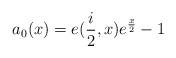
LaTeX: \begin{align*}a_{0}(x)=e(\frac{i}{2},x)e^{\frac{x}{2}}-1 \end{align*}